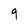
Character: 9